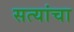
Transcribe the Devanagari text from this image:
सत्यांचा